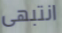
انتبهى